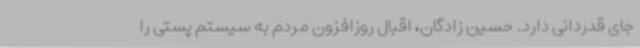
جای قدردانی دارد. حسین زادگان، اقبال روزافزون مردم به سیستم پستی را